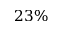
2 3 \%